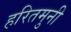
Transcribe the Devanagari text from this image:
हरितमुनी